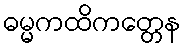
ဓမ္မကထိကတ္တေန